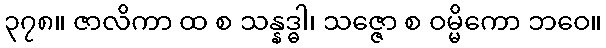
၃၇၈။ ဇာလိကာ ထ စ သန္နဒ္ဓါ၊ သဇ္ဇော စ ဝမ္မိကော ဘဝေ။